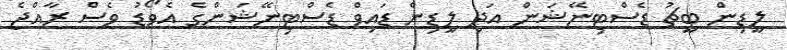
ލީޑިން ބީޗު ޑެސްޓިނޭޝަން އަދި ލީޑިން ޑައިވް ޑެސްޓިނޭޝަންގެ އެވޯޑު ވެސް ރާއްޖެ